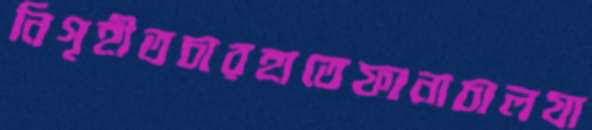
নিগৃহীতচারহাতেফানাচালযা